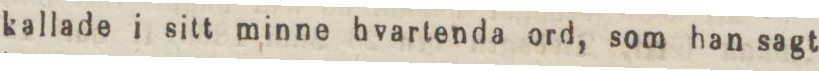
kallade i sitt minne hvartenda ord, som han sagt